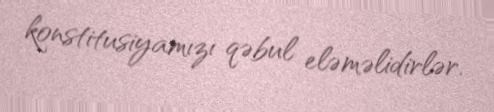
konstitusiyamızı qəbul eləməlidirlər.